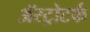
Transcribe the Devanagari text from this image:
ॲस्ट्रोटर्फ